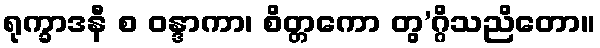
ရုက္ခာဒနီ စ ဝန္ဒာကာ၊ စိတ္တကော တွ’ဂ္ဂိသညိတော။